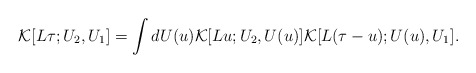
\begin{align*}{\cal K}[L\tau;U_2,U_1]=\int dU(u){\cal K}[Lu;U_2,U(u)]{\cal K}[L(\tau-u);U(u),U_1].\end{align*}